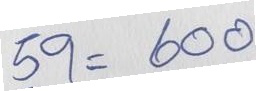
59 = 600